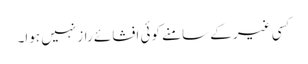
کسی غیر کے سامنے کوئی افشائے راز نہیں ہوا۔